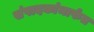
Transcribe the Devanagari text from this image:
संपादकांमार्फत